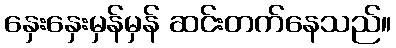
နှေးနှေးမှန်မှန် ဆင်းတက်နေသည်။